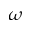
\omega